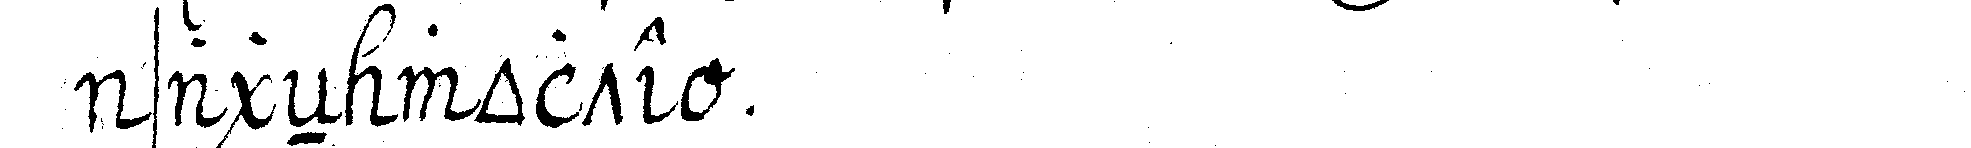
sageN wolte .